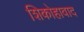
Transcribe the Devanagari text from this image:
शिकोहावाद